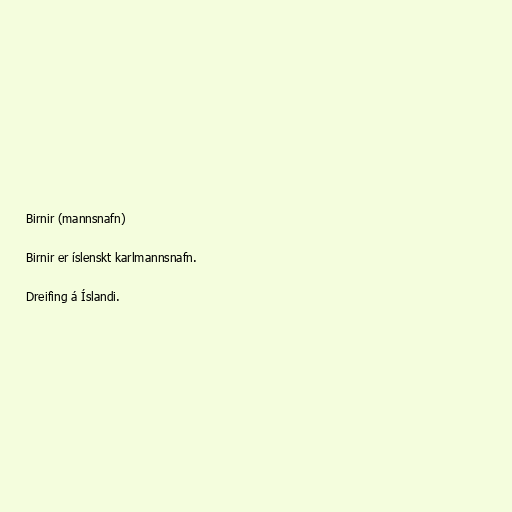
Birnir (mannsnafn)

Birnir er íslenskt karlmannsnafn.

Dreifing á Íslandi.